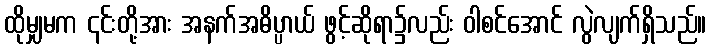
ထိုမျှမက ၎င်းတို့အား အနက်အဓိပ္ပာယ် ဖွင့်ဆိုရာ၌လည်း ဝါစင်အောင် လွဲလျက်ရှိသည်။